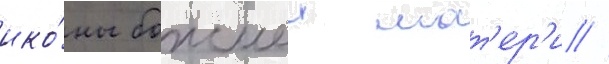
ико́ны божиеи мат'ер'и //